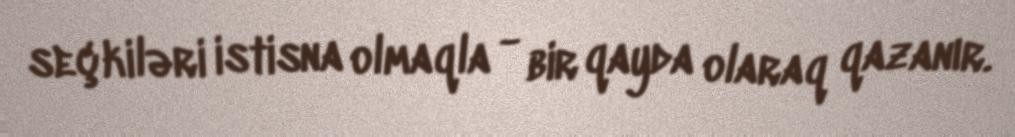
seçkiləri istisna olmaqla - bir qayda olaraq qazanır.